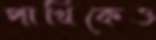
পাখিকেও